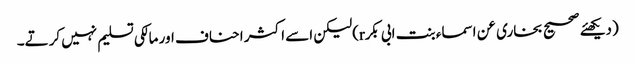
(دیکھئے صحیح بخاری عن اسماء بنت ابی بکرr)لیکن اسے اکثر احناف اور مالکی تسلیم نہیں کرتے۔